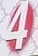
4